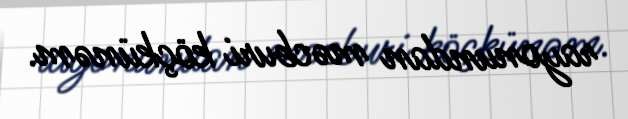
rayonundan məcburi köçkünəm.